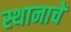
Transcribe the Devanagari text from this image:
स्थानाचें